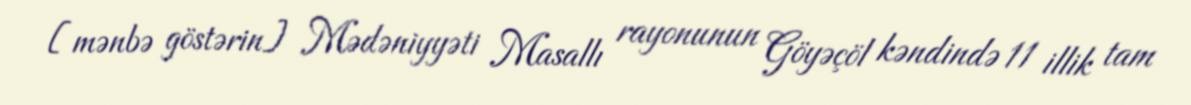
[mənbə göstərin] Mədəniyyəti Masallı rayonunun Göyəçöl kəndində 11 illik tam